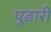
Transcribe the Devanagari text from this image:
पूढारी